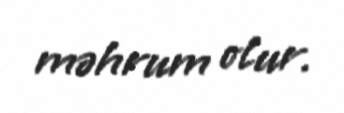
məhrum olur.